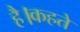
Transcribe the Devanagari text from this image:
है।कहते